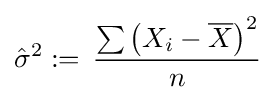
{\hat {\sigma }}^{2}:=\,{\frac {\sum \left(X_{i}-{\overline {X}}\right)^{2}}{n}}